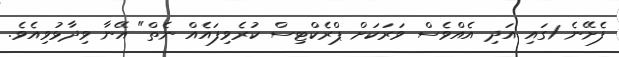
ފެށޭނެ 1ގައި އަދި އެއްވެސް ވަރަކަށް ޕްރެކްޓިސް ކުރެވިފައެއް ނެތް" އޭނާ ވިދާޅުވިއެވެ.